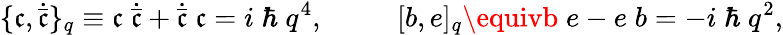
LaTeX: \{ \mathfrak{c},\dot{{\bar{{\mathfrak{c}}}}}\} _{q}\equiv\mathfrak{c}\; \dot{{\bar{{\mathfrak{c}}}}}+\dot{{\bar{{\mathfrak{c}}}}}\; \mathfrak{c}=i\; \hbar\; q^{4},\; \qquad\; [b,e]_{q}\equivb\; e-e\; b=-i\; \hbar\; q^{2},